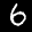
Label: 6